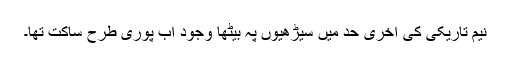
نیم تاریکی کی آخری حد میں سیڑھیوں پہ بیٹھا وجود اب پوری طرح ساکت تھا۔